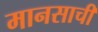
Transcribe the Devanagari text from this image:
मानसाची